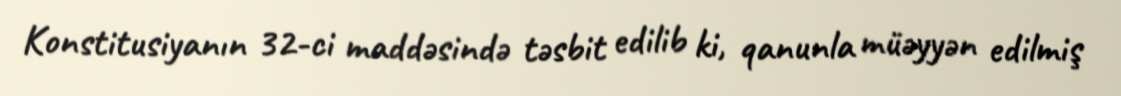
Konstitusiyanın 32-ci maddəsində təsbit edilib ki, qanunla müəyyən edilmiş